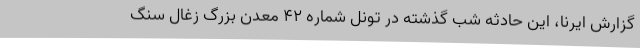
گزارش ایرنا، این حادثه شب گذشته در تونل شماره ۴۲ معدن بزرگ زغال سنگ